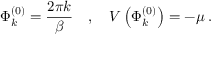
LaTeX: \Phi _ { k } ^ { ( 0 ) } = \frac { 2 \pi k } { \beta } \quad , \quad V \left( \Phi _ { k } ^ { ( 0 ) } \right) = - \mu \: .